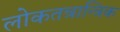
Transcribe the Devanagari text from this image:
लोकतन्रान्त्रिक